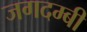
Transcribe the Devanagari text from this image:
जगदम्बी